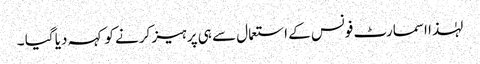
لہٰذا اسمارٹ فونس کے استعمال سے ہی پرہیز کرنے کو کہہ دیا گیا ۔